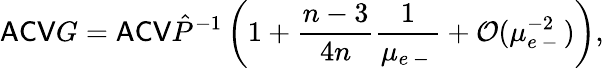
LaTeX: \mathsf{ACV}G=\mathsf{ACV}\hat{P}^{-1}\left(1+\frac{n-3}{4n}\frac{1}{\mu_{e\mathrm{~-~}}}+\mathcal O(\mu_{e\mathrm{~-~}}^{-2})\right),